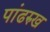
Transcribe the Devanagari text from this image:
पांढरुख